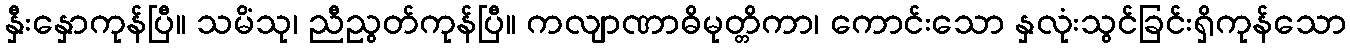
နှီးနှောကုန်ပြီ။ သမိံသု၊ ညီညွတ်ကုန်ပြီ။ ကလျာဏာဓိမုတ္တိကာ၊ ကောင်းသော နှလုံးသွင်ခြင်းရှိကုန်သော